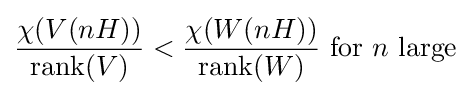
{\frac {\chi (V(nH))}{{\hbox{rank}}(V)}}<{\frac {\chi (W(nH))}{{\hbox{rank}}(W)}}{\text{ for }}n{\text{ large}}